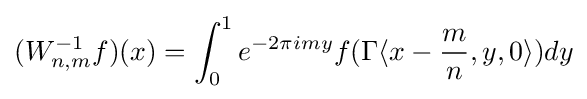
(W_{n,m}^{-1}f)(x)=\int _{0}^{1}e^{-2\pi imy}f(\Gamma \langle x-{m \over n},y,0\rangle )dy